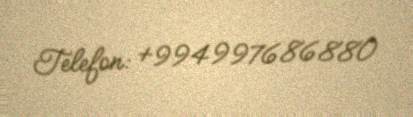
Telefon: +994997686880